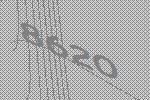
8620